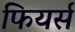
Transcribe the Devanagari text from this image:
फियर्स